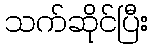
သက်ဆိုင်ပြီး